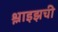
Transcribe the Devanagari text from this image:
श्लाइझची